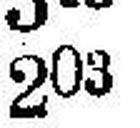
203